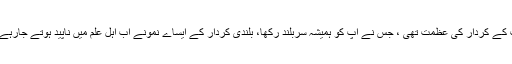
یہ آپ کے کردار کی عظمت تھی ، جس نے آپ کو ہمیشہ سربلند رکھا، بلندی کردار کے ایساے نمونے اب اہل علم میں ناپید ہوتے جارہے ہیں ۔